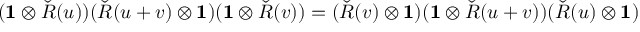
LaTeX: ( \mathbf { 1 } \otimes { \check { R } } ( u ) ) ( { \check { R } } ( u + v ) \otimes \mathbf { 1 } ) ( \mathbf { 1 } \otimes { \check { R } } ( v ) ) = ( { \check { R } } ( v ) \otimes \mathbf { 1 } ) ( \mathbf { 1 } \otimes { \check { R } } ( u + v ) ) ( { \check { R } } ( u ) \otimes \mathbf { 1 } )